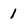
Character: 1